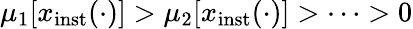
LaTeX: \mu_{1}\lbrack x_{\mathrm{inst}}(\cdot)\rbrack>\mu_{2}\lbrack x_{\mathrm{inst}}(\cdot)\rbrack>\cdots>0